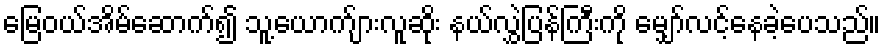
မြေဝယ်အိမ်ဆောက်၍ သူ့ယောက်ျားလူဆိုး နယ်လွှဲပြန်ကြီးကို မျှော်လင့်နေခဲ့ပေသည်။